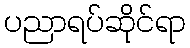
ပညာရပ်ဆိုင်ရာ